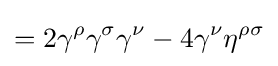
=2\gamma ^{\rho }\gamma ^{\sigma }\gamma ^{\nu }-4\gamma ^{\nu }\eta ^{\rho \sigma }